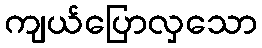
ကျယ်ပြောလှသော